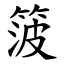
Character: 箥